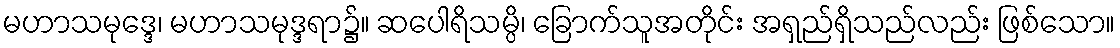
မဟာသမုဒ္ဒေ၊ မဟာသမုဒ္ဒရာ၌။ ဆပေါရိသမ္ပိ၊ ခြောက်သူအတိုင်း အရှည်ရှိသည်လည်း ဖြစ်သော။